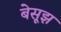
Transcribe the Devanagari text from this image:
बेसूझ